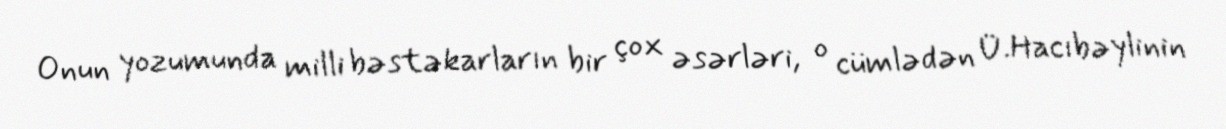
Onun yozumunda milli bəstəkarların bir çox əsərləri, o cümlədən Ü.Hacıbəylinin